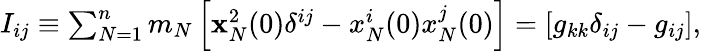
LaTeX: \begin{array}{r}{I_{ij}\equiv\sum_{N=1}^{n}m_{N}\left[{\mathbf x}_{N}^{2}(0)\delta^{ij}-x_{N}^{i}(0)x_{N}^{j}(0)\right]=\left[g_{kk}\delta_{ij}-g_{ij}\right],}\end{array}